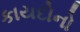
કાયદોનો